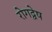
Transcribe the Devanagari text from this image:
रोगद्वेष